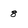
Character: 8